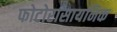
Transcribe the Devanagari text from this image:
फोटोरासायनिक